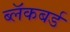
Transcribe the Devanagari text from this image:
ब्लॅकबर्ड